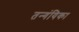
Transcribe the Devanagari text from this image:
तन्गंयिका